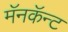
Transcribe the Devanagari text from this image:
मॅनकॅन्ट